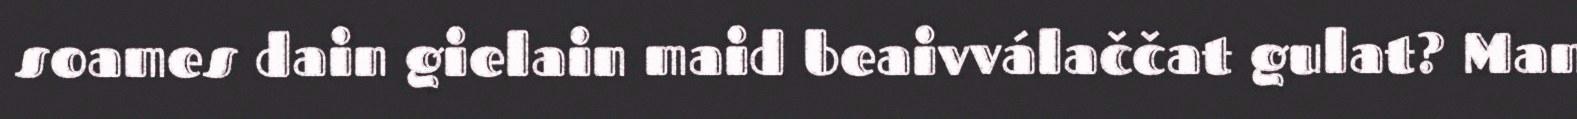
soames dain gielain maid beaivválaččat gulat? Man